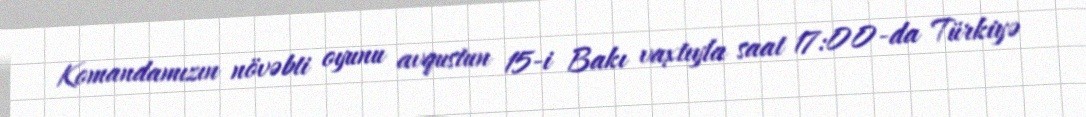
Komandamızın növəbti oyunu avqustun 15-i Bakı vaxtıyla saat 17:00-da Türkiyə